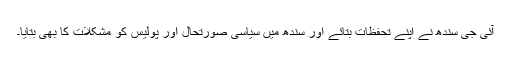
آئی جی سندھ نے اپنے تحفظات بتائے اور سندھ میں سیاسی صورتحال اور پولیس کو مشکلات کا بھی بتایا۔